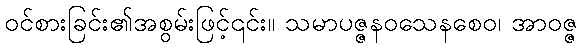
ဝင်စားခြင်း၏အစွမ်းဖြင့်၎င်း။ သမာပဇ္ဇနဝသေနစေဝ၊ အာဝဇ္ဇ